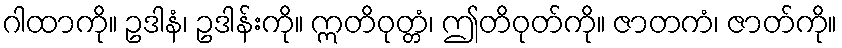
ဂါထာကို။ ဥဒါနံ၊ ဥဒါန်းကို။ ဣတိဝုတ္တံ၊ ဤတိဝုတ်ကို။ ဇာတကံ၊ ဇာတ်ကို။